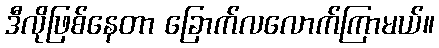
ဒီလိုဖြစ်နေတာ ခြောက်လလောက်ကြာမယ်။